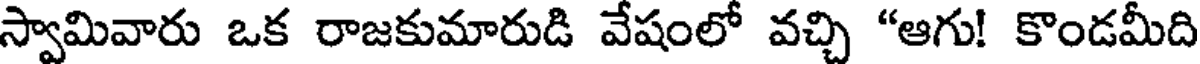
స్వామివారు ఒక రాజకుమారుడి వేషంలో వచ్చి "ఆగు! కొండమీది